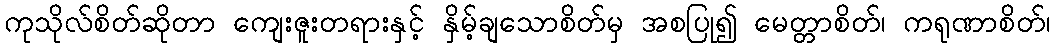
ကုသိုလ်စိတ်ဆိုတာ ကျေးဇူးတရားနှင့် နှိမ့်ချသောစိတ်မှ အစပြု၍ မေတ္တာစိတ်၊ ကရုဏာစိတ်၊